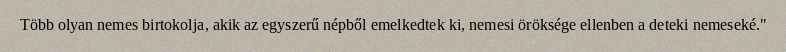
Több olyan nemes birtokolja, akik az egyszerű népből emelkedtek ki, nemesi öröksége ellenben a deteki nemeseké."